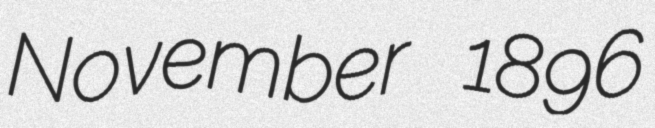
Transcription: November 1896